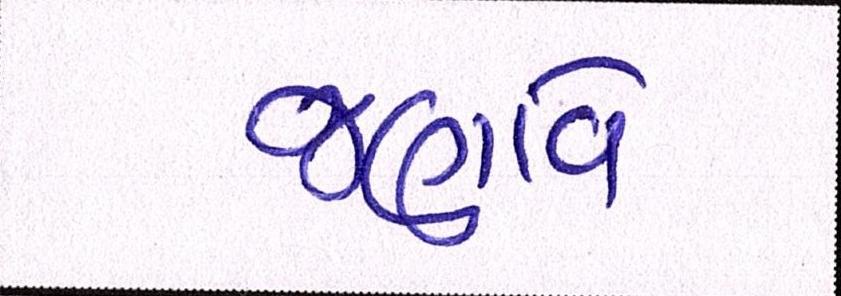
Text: જણાવે